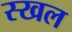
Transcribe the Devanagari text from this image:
स्खल